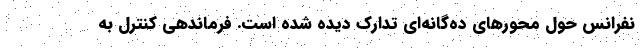
نفرانس حول محورهای ده‌گانه‌ای تدارک دیده شده است. فرماندهی کنترل به